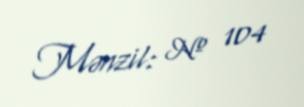
Mənzil: № 104